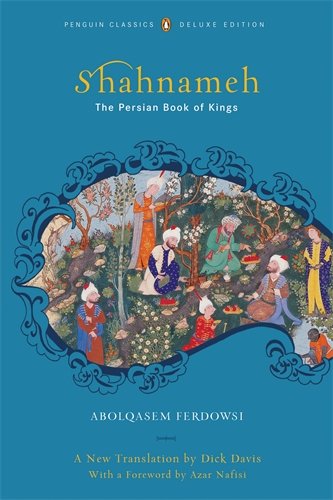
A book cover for The Shahnameh: The Persian Book of Kings; Abolqasem Ferdowsi; Literature & Fiction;